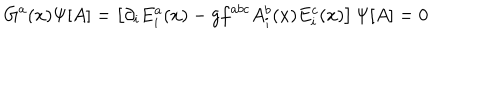
G ^ { a } ( x ) \Psi [ A ] = \left[ \partial _ { i } E _ { i } ^ { a } ( x ) - g f ^ { a b c } A _ { i } ^ { b } ( x ) E _ { i } ^ { c } ( x ) \right] \Psi [ A ] = 0